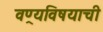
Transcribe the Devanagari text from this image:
वण्र्यविषयाची